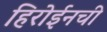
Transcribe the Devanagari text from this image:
हिरोईनची